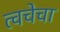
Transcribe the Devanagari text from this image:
त्‍वचेचा